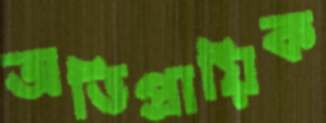
অভিপ্রায়িক